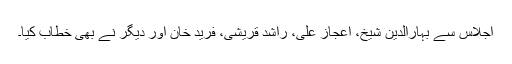
اجلاس سے بہارالدین شیخ، اعجاز علی، راشد قریشی، فرید خان اور دیگر نے بھی خطاب کیا۔